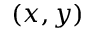
( x , y )